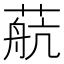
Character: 𦶢